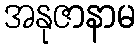
အနုဇာနာမ